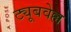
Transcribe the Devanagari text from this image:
ट्यूबवेल्ल